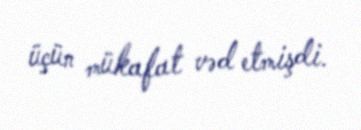
üçün mükafat vəd etmişdi.